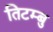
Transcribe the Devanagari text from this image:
तिटम्बु